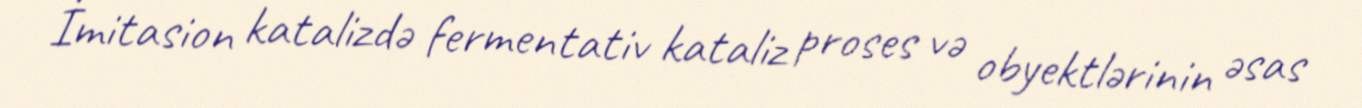
İmitasion katalizdə fermentativ kataliz proses və obyektlərinin əsas